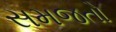
સમજતો